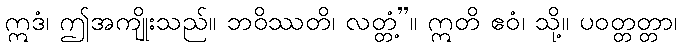
ဣဒံ၊ ဤအကျိုးသည်။ ဘဝိဿတိ၊ လတ္တံ့”။ ဣတိ ဧဝံ၊ သို့။ ပဝတ္တတ္တာ၊